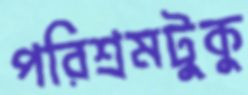
পরিশ্রমটুকু